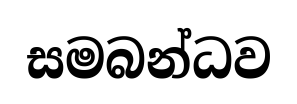
සමබන්ධව